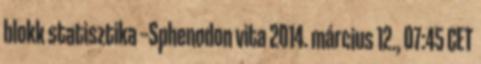
blokk statisztika --Sphenodon vita 2014. március 12., 07:45 CET